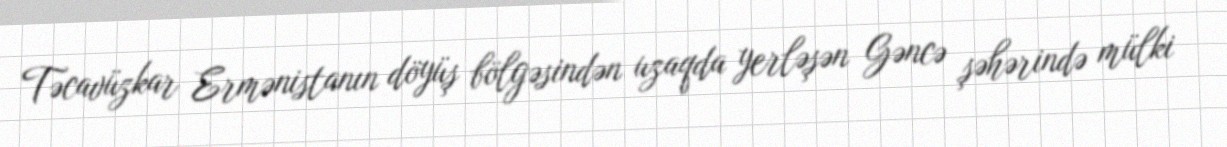
Təcavüzkar Ermənistanın döyüş bölgəsindən uzaqda yerləşən Gəncə şəhərində mülki